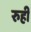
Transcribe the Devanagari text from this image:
रुही